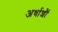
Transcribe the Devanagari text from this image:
अर्धाशौं